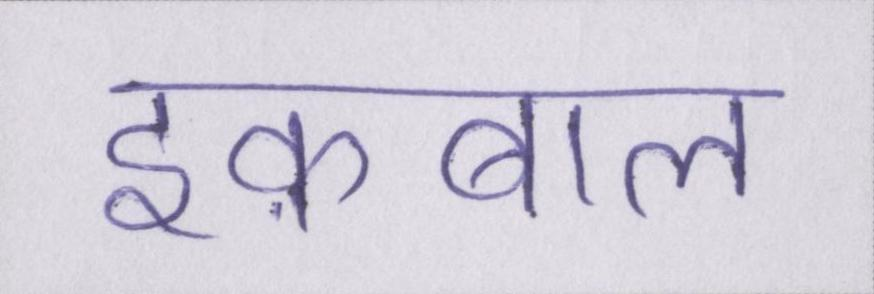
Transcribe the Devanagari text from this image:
इक़बाल